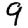
Digit: 9